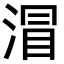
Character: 㴘